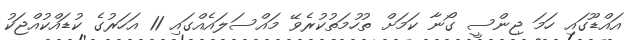
އައްޑޫގައި ހަމަ ޖިންސީ ގޯނާ ކަމަށް ތުހުމަތުކުރެވޭ މައްސަލައެއްގައި 11 އަހަރުގެ ކުޑައްކުއްޖަކު